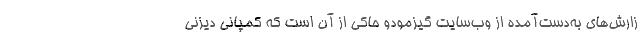
زارش‌های به‌دست‌آمده از وب‌سایت گیزمودو حاکی از آن است که کمپانی دیزنی